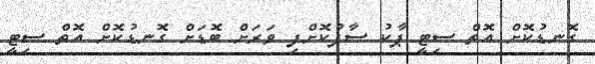
ގޮނޑުކޮށް އޮތް ސިޓީ ޕާކު ސާފުކޮށްފި ވަރަށް ބޮޑަށް ގޮނޑުކޮށް އޮތް ސިޓީ